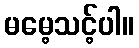
မမေ့သင့်ပါ။